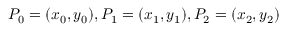
P _ { 0 } = ( x _ { 0 } , y _ { 0 } ) , P _ { 1 } = ( x _ { 1 } , y _ { 1 } ) , P _ { 2 } = ( x _ { 2 } , y _ { 2 } )